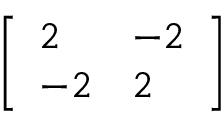
\left[ { \begin{array} { l l } { 2 } & { - 2 } \\ { - 2 } & { 2 } \end{array} } \right]